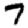
Digit: 7